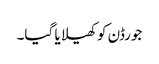
جورڈن کو کھیلا یا گیا۔